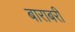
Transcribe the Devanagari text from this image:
बाराबरी